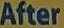
After